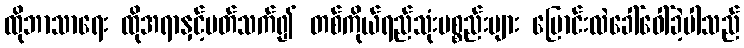
ထိုဘာသာရေး ထိုအရာနှင့်ပတ်သက်၍ တစ်ကိုယ်ရည်သုံးပစ္စည်းများ ပြောင်းလဲခေါ်ဝေါ်ခဲ့ပါသည်